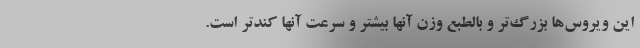
این ویروس‌ها بزرگ‌تر و بالطبع وزن آنها بیشتر و سرعت آنها کندتر است.